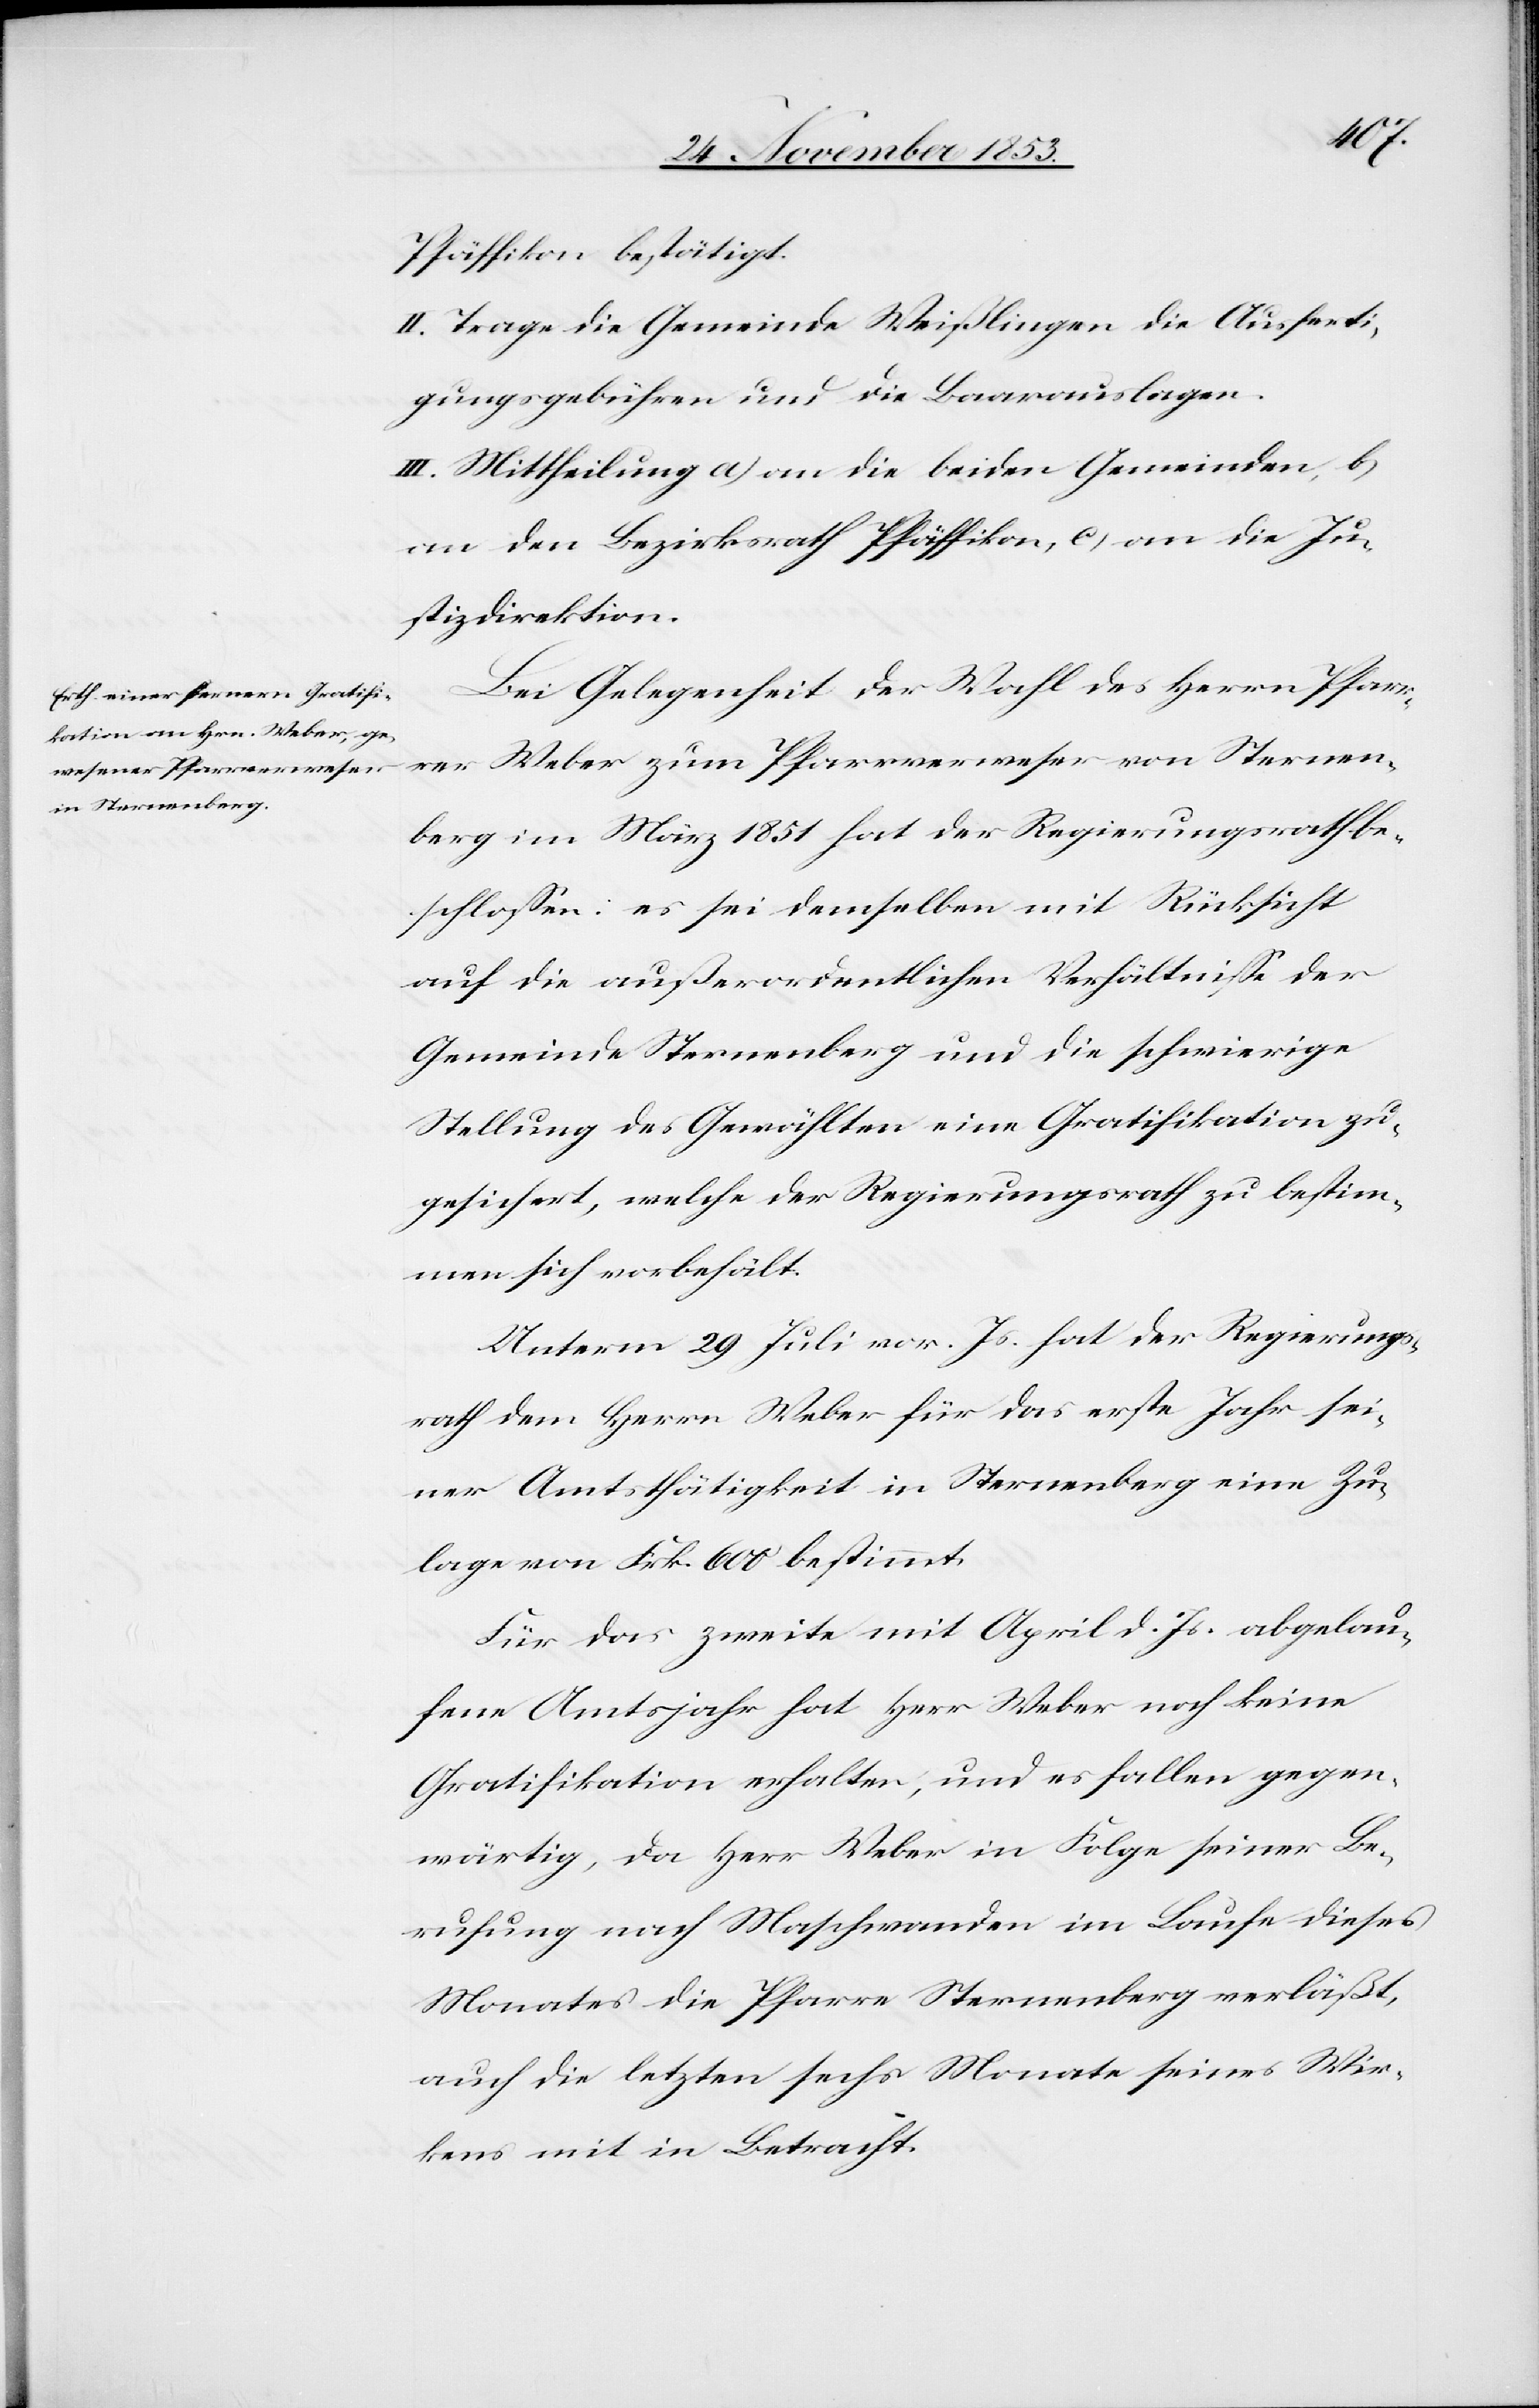
Pfäffikon bestätigt.
II. Trage die Gemeinde Weißlingen die Ausferti¬
gungsgebühren und die Baarauslagen.
III. Mittheilung a) an die beiden Gemeinden, b)
an den Bezirksrath Pfäffikon, c) an die Ju¬
stizdirektion.
Bei Gelegenheit der Wahl des Herrn Pfar¬
rer Weber zum Pfarrverweser von Sternen¬
berg im März 1851 hat der Regierungsrath be¬
schloßen: es sei demselben mit Rücksicht
auf die außerordentlichen Verhältniße der
Gemeinde Sternenberg und die schwierige
Stellung des Gewählten eine Gratifikation zu¬
gesichert, welche der Regierungsrath zu bestim¬
men sich vorbehält.
Unterm 29 Juli vor. Js. hat der Regierungs¬
rath den Herrn Weber für das erste Jahr sei¬
ner Amtsthätigkeit in Sternenberg eine Zu¬
lage von Frk. 600 bestimmt.
Für das zweite mit April d. Js. abgelau¬
fene Amtsjahr hat Herr Weber noch keine
Gratifikation erhalten, und es fallen gegen¬
wärtig, da Herr Weber in Folge seiner Be¬
rufung nach Maschwanden im Laufe dieses
Monats die Pfarre Sternenberg verläßt,
auch die letzten sechs Monate seines Wir¬
kens mit in Betracht.